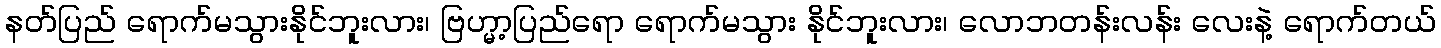
နတ်ပြည် ရောက်မသွားနိုင်ဘူးလား၊ ဗြဟ္မာ့ပြည်ရော ရောက်မသွား နိုင်ဘူးလား၊ လောဘတန်းလန်း လေးနဲ့ ရောက်တယ်